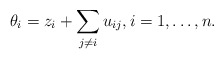
\begin{gather*}\theta_i = z_i+ \sum_{j \not= i} u_{ij}, i=1,\ldots, n.\end{gather*}